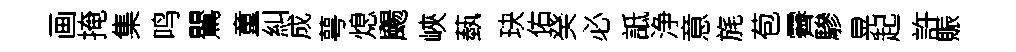
画掩集鸣鸎童糾成萼熄颺峽蓺玦佑癸必詆浄意旄苞霽驂晃起許賑